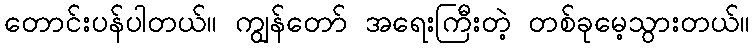
တောင်းပန်ပါတယ်။ ကျွန်တော် အရေးကြီးတဲ့ တစ်ခုမေ့သွားတယ်။